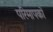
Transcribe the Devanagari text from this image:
परिमापकों